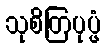
သုစိတြပုပ္ဖံ